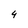
Character: 4